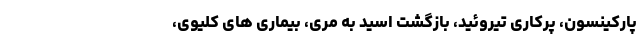
پارکینسون، پرکاری تیروئید، بازگشت اسید به مری، بیماری های کلیوی،